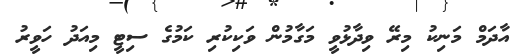
އާދަމް މަނިކު މިރޭ ވިދާޅުވީ މަގާމުން ވަކިކުރި ކަމުގެ ސިޓީ މިއަދު ހަވީރު